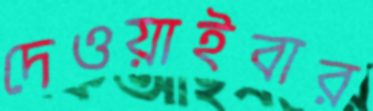
দেওয়াইবার